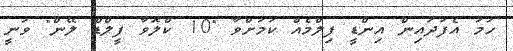
ހަމަ އެފަދައިން އިންޑީ ފިލްމެއް ކަމަށްވާ "10 ކްލޮވާ ފީލްޑް ލޭން" ވަނީ